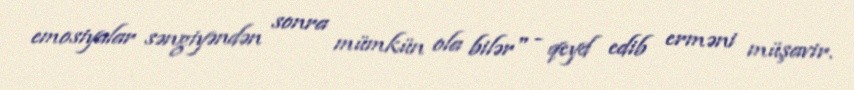
emosiyalar səngiyəndən sonra mümkün ola bilər" - qeyd edib erməni müşavir.